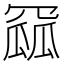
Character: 𮊏